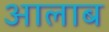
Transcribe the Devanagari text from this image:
आलाब